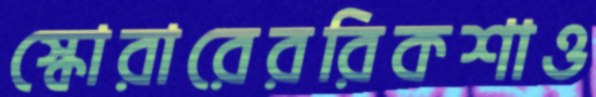
স্কোরারেররিকশাও